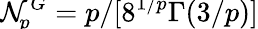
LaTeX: \smash{\mathcal{N}_{\! p}^{G}=p/[8^{1/p}\Gamma(3/p)}]